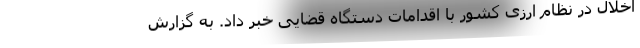
اخلال در نظام ارزی کشور با اقدامات دستگاه قضایی خبر داد. به گزارش